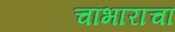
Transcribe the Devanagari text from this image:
चांभाराचा